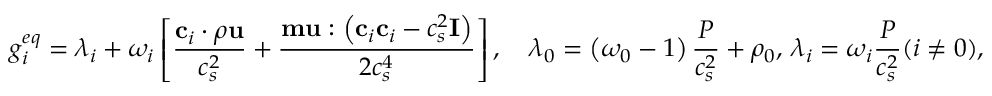
g _ { i } ^ { e q } = \lambda _ { i } + \omega _ { i } \left[ \frac { \mathbf { c } _ { i } \cdot \rho \mathbf { u } } { c _ { s } ^ { 2 } } + \frac { \mathbf { m } \mathbf { u } : \left( \mathbf { c } _ { i } \mathbf { c } _ { i } - c _ { s } ^ { 2 } \mathbf { I } \right) } { 2 c _ { s } ^ { 4 } } \right] , \quad \lambda _ { 0 } = \left( \omega _ { 0 } - 1 \right) \frac { P } { c _ { s } ^ { 2 } } + \rho _ { 0 } , \, \lambda _ { i } = \omega _ { i } \frac { P } { c _ { s } ^ { 2 } } ( i \neq 0 ) ,